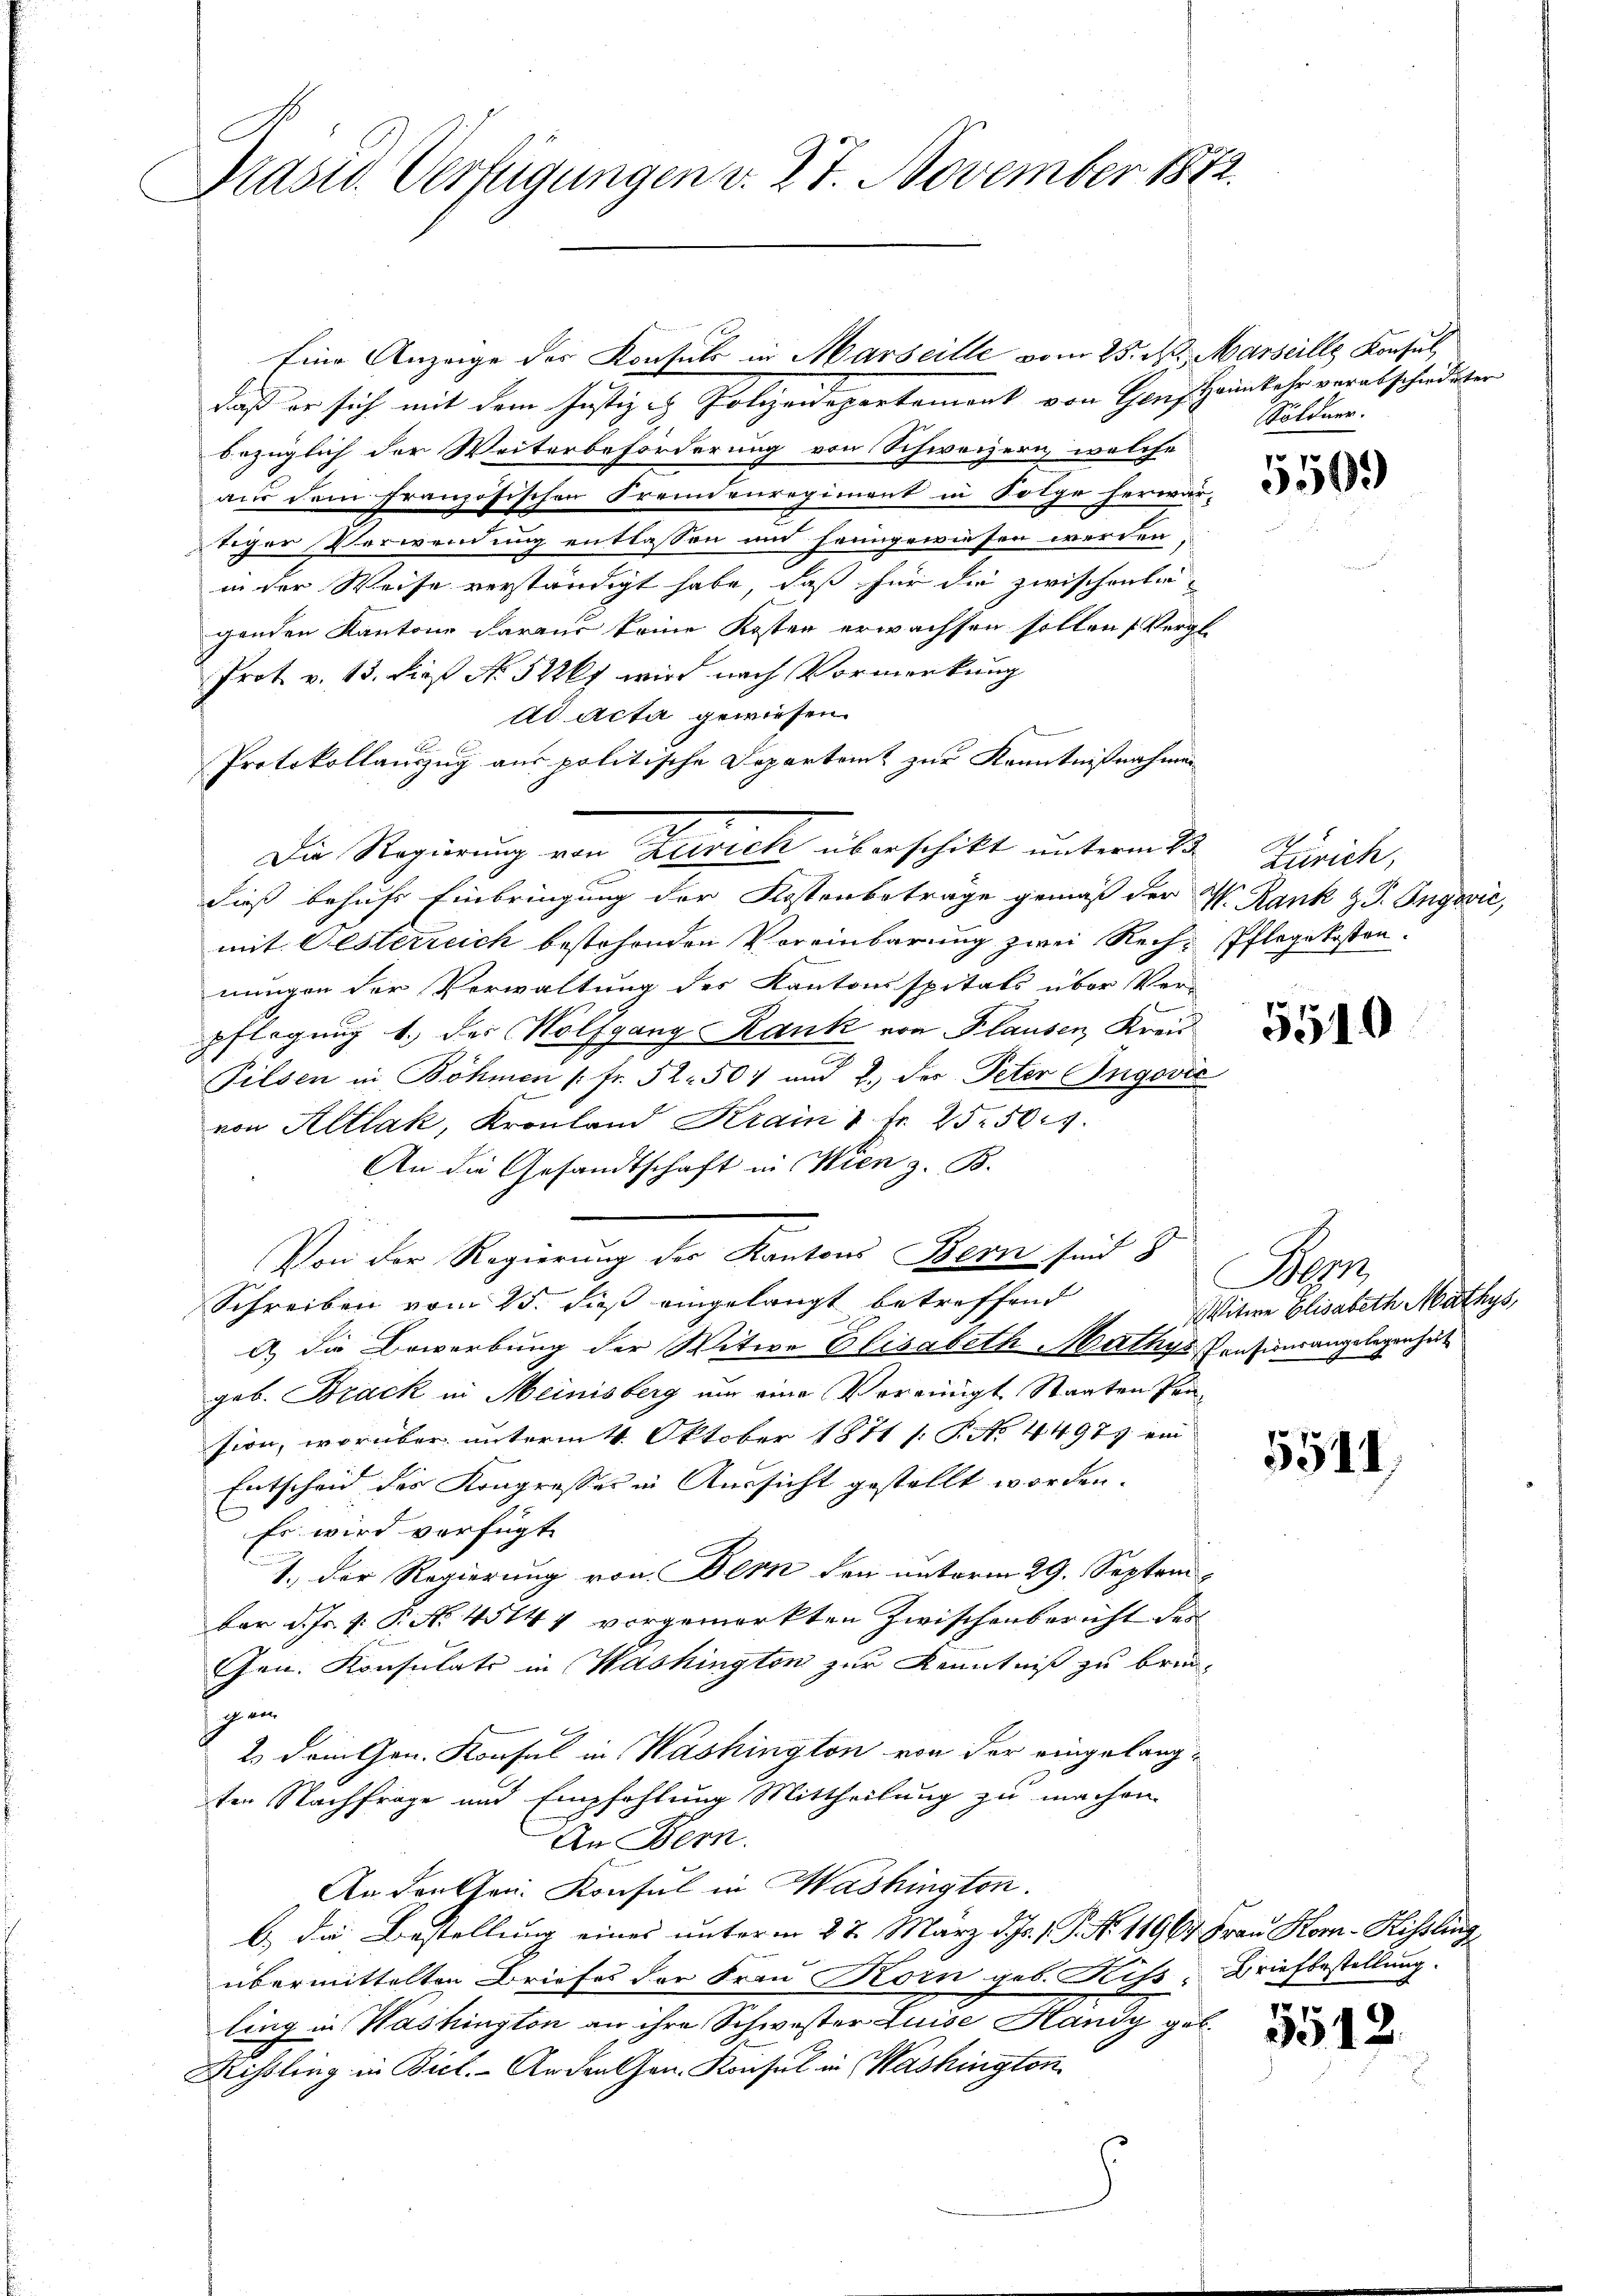
Präsid. Verfügungen v. 27. November 1872.

Eine Anzeige des Konsuls in Marseille vom 25. N. Marseille Konsul,
daß er sich mit dem Justiz & Polizeidepartement von Hans Heimkehr verabschiedeter
bezüglich der Weiterbeförderung von Schweizern, welche
aus dem französischen Fremdenregiment in Folge herwar-
tiger Verwendung entlassen und heimgewiesen werden,
in der Weise verständigt habe, daß für die zwischentie
genden Kantone daraus keine Kosten erwachsen sollen (Vergl.
Prot. v. 13. dieß No 52kt wird nach Vormerkung
dd acta gewiesen.
Protokollauszug aus politische Departamt zur Kenntnißnahmen
dieß behufs Einbringung der Kostenbeträge gemäß der N. Rank z. T. Ingović,
mit Oesterreich bestehenden Vereinbarung zwei Rech- Pflegekosten.
nungen der Verwaltung des Kantonsspitals über Ver-
pflegung 1. der Wolfgang Rank von Plausen Kreis
Pilsen in Böhmen (: fr. 52. 504 und 2. der Peter Ingović
von Altlak, Kronland Krain 1 Fr. 25. 504.
An die Gesandtschaft in Wien z. B.
Von der Regierung des Kantons Bern sind 8
Schreiben vom 25. dieß eingelangt betreffend
d die Bewerbung der Witwe Elisabeth Mathys Pensionsangelegenheit
geb. Brack in Meinisberg um eine Vereinigt Staaten Pension, worüber unterm 4. Oktober 1871 (: P. No. 4497 ein
Entscheid des Kongresser in Aussicht gestellt worden.
Es wird verfügt
1.) Der Regierung von Bern den unterm 29. Septem
bar d. Js. v. P. No. 45144 vorgemerkten Zwischenbericht der
Gen. Konsulats in Washington zur Kenntniß zu brin¬
 ven
2. dein Gen. Konsul in Washington von der eingelangten Nachfrage und Empfehlung Mittheilung zu machen.
An Bern.
Andenten. Konsul in Washingten.
b.) Die Bestellung eines unterm 27. März d. Js. 1. P. No. 11967 Frau Kom-Rissling,
übermittelten Briefes der Frau Korn geb. Kiss. Briefbestellung.
ling in Washington an ihre Schwester Luise Handy geb.
Rißling in Biel. An den Gen. Konsul in Washington

Die Regierung von Zürich überschikt unterm 23. Zürich,

Söldner.

5509)

5519

Bern,
Witwe Elisabeth Mathys,

5511

5512.